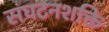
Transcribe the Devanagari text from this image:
संघटनशक्ति